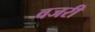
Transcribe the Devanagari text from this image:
वजरी